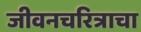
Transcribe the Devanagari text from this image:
जीवनचरित्राचा